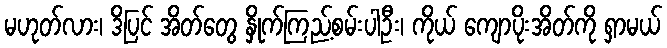
မဟုတ်လား၊ ဒိပြင် အိတ်တွေ နှိုက်ကြည့်စမ်းပါဦး၊ ကိုယ် ကျောပိုးအိတ်ကို ရှာမယ်